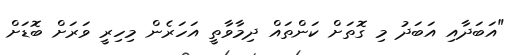
"އަބަދާއި އަބަދު މި ގޮތަށް ކަންތައް ދިމާވާތީ އަހަރެން މިހިރީ ވަރަށް ބޮޑަށް